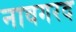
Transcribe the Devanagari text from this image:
नावगरद